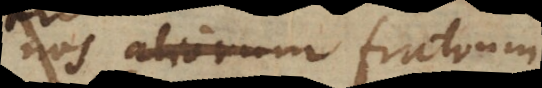
nos aliorum nobiscum